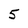
Character: 5